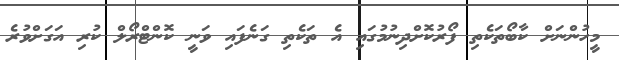
މީހުންނަށް ކާބޯތަކެތި ފޯރުކޮށްދިނުމުގައި އެ ތަކެތި ގަނެފައި ވަނީ ކޮންޓްރޯލް ކުރި އަގަށްވުރެ